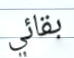
بقائي